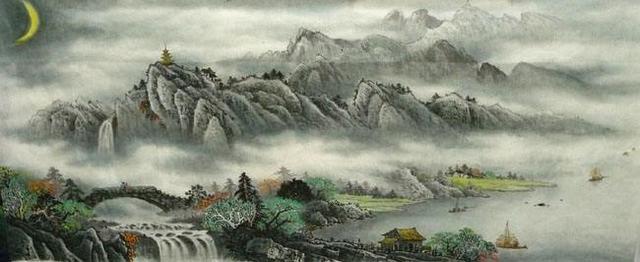
峨眉山月半轮秋，影入平羌江水流。